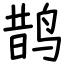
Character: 鹊